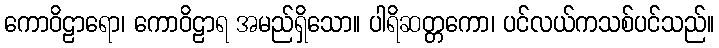
ကောဝိဠာရော၊ ကောဝိဠာရ အမည်ရှိသော။ ပါရိဆတ္တကော၊ ပင်လယ်ကသစ်ပင်သည်။